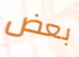
بعض